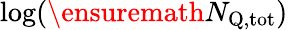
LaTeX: \log(\ensuremath{N_{\mathrm{Q,tot}}})